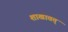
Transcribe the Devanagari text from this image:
शाखावत्